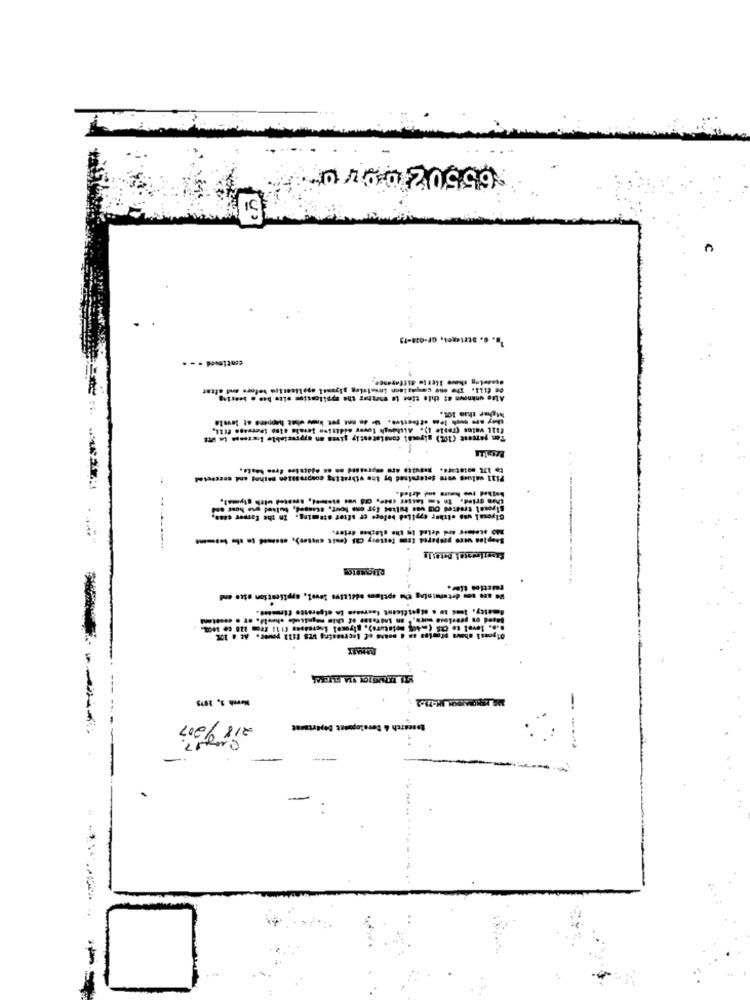
655020970
C
"a. G. strtegel, or-038-15
contimed . ..
Of till. The one compaslaen invaluing slyantl application before and after
higher than 101.
they are much less effective. I do not yet know what happens at levele
..
------ -
249 somer ard deted in the clothes drier.
We are sou determining the aptlam additive level, application stue end
Nerch 3, 1975
-
-
---